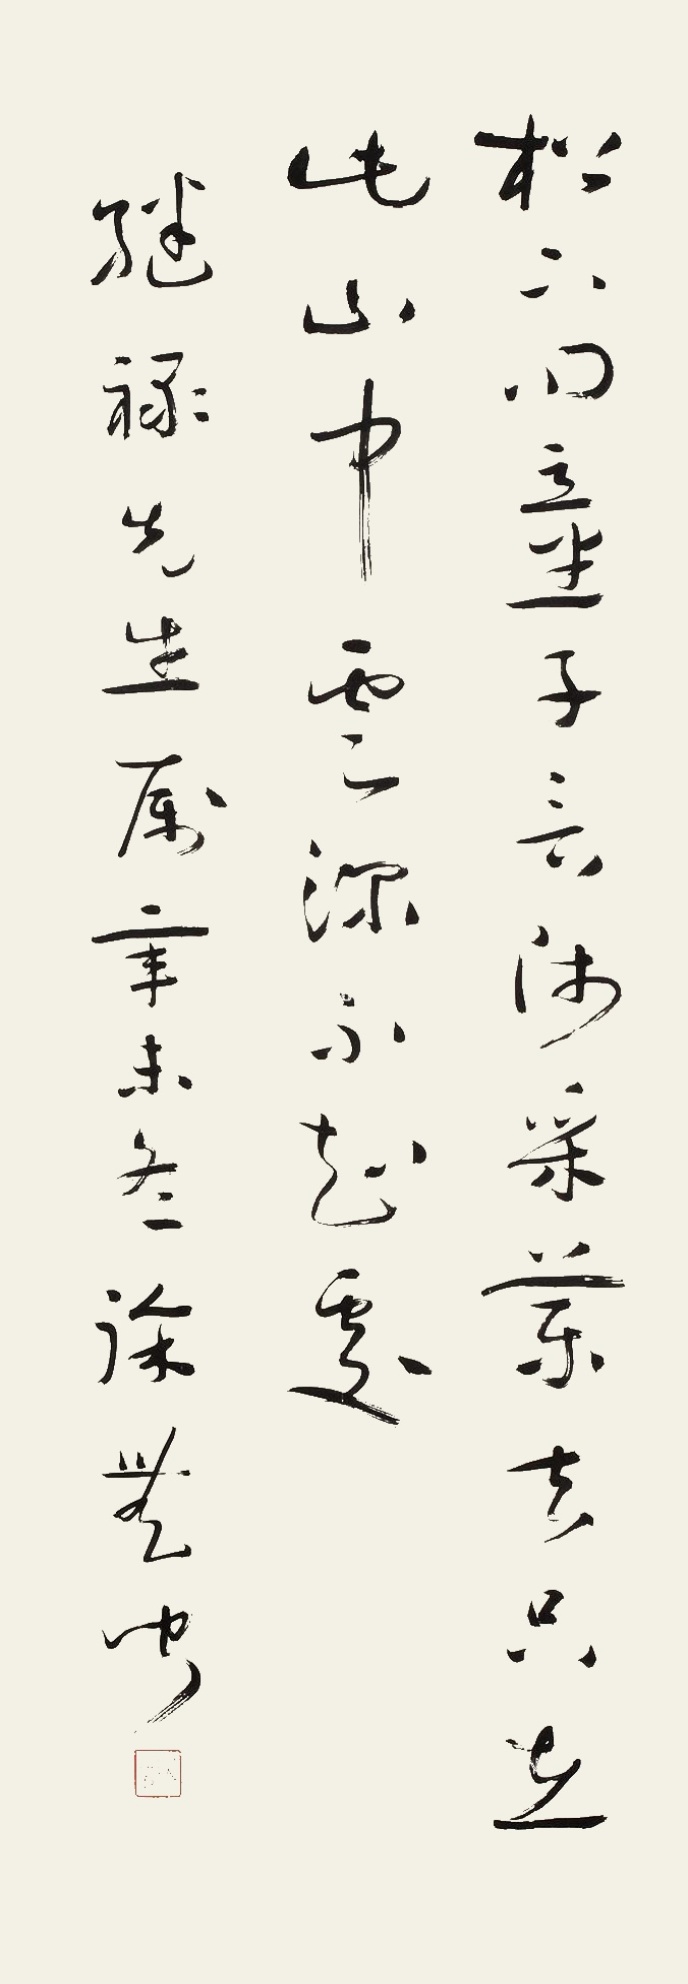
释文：松下问童子，言师采药去。只在此山中，云深不知处。继先生属，辛未冬，徐无闻。